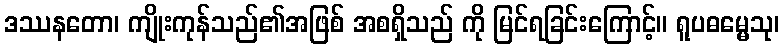
ဒဿနတော၊ ကျိုးကုန်သည်၏အဖြစ် အစရှိသည် ကို မြင်ရခြင်းကြောင့်။ ရူပဓမ္မေသု၊